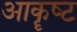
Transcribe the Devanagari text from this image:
आकॄष्‍ट